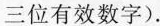
三位有效数字)。